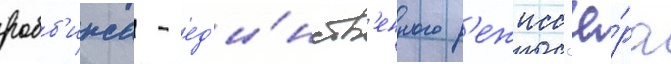
робб'инса - ед'и́нств'енного р'ежисс'ё́ра